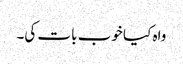
واہ کیا خوب بات کی۔